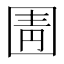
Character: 圊